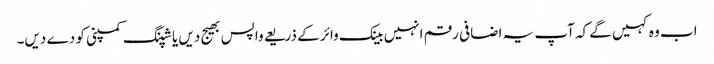
اب وہ کہیں گے کہ آپ یہ اضافی رقم انہیں بینک وائر کے ذریعے واپس بھیج دیں یا شپنگ کمپنی کو دے دیں۔